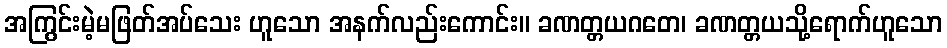
အကြွင်းမဲ့မဖြတ်အပ်သေး ဟူသော အနက်လည်းကောင်း။ ခဏတ္တယဂတေ၊ ခဏတ္တယသို့ရောက်ဟူသော